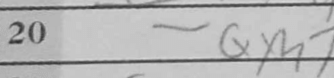
Transcription: Qxh7+